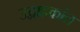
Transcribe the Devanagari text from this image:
उद्वाहकांत